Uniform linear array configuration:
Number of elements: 48
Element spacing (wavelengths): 0.25
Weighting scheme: cosine
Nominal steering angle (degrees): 30
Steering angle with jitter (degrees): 30.098
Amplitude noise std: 0.05
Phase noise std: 0.05

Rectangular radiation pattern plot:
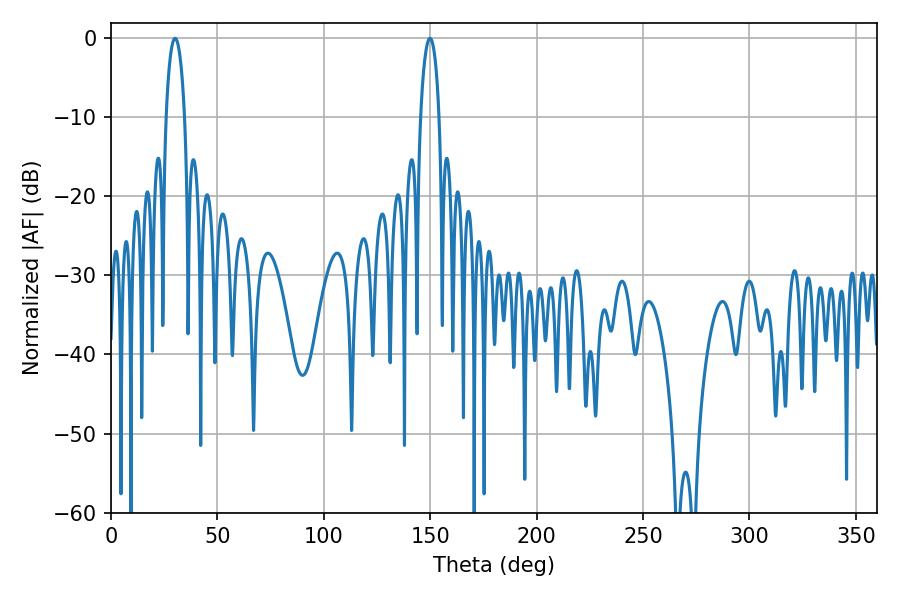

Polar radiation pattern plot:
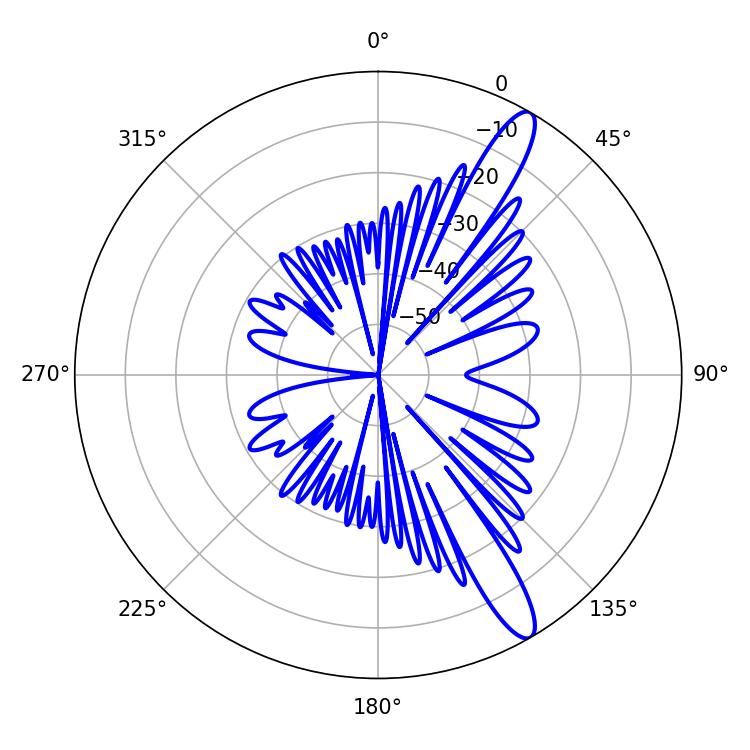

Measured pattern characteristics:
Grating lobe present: FALSE
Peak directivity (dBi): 13.128
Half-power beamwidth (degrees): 4.86
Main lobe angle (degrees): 30.06